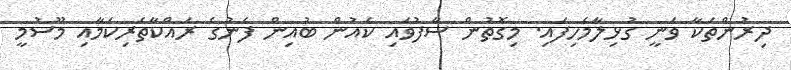
ދިރުންތަކާ ވަނީ ގުޅިލާމެހިފައި. މިގޮތުން ސާފުވައި ކެއުން ބުއިން ފެނުގެ ރައްކާތެރިކަމާއި މޫސުމީ